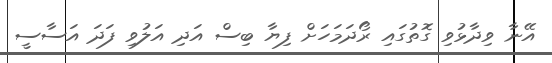
އޭނާ ވިދާޅުވި ގޮތުގައި ރޯދަމަހަށް ފިޔާ ބިސް އަދި އަލުވި ފަދަ އަސާސީ